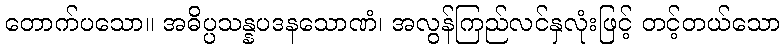
တောက်ပသော။ အဓိပ္ပသန္နပဒနသောဏံ၊ အလွန်ကြည်လင်နှလုံးဖြင့် တင့်တယ်သော